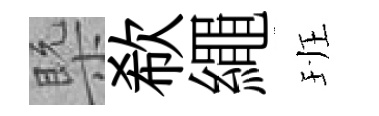
槩欷繩班